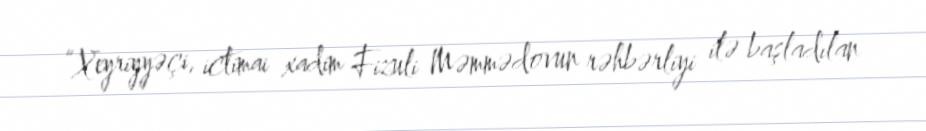
“Xeyriyyəçi, ictimai xadim Fizuli Məmmədovun rəhbərliyi ilə başladılan